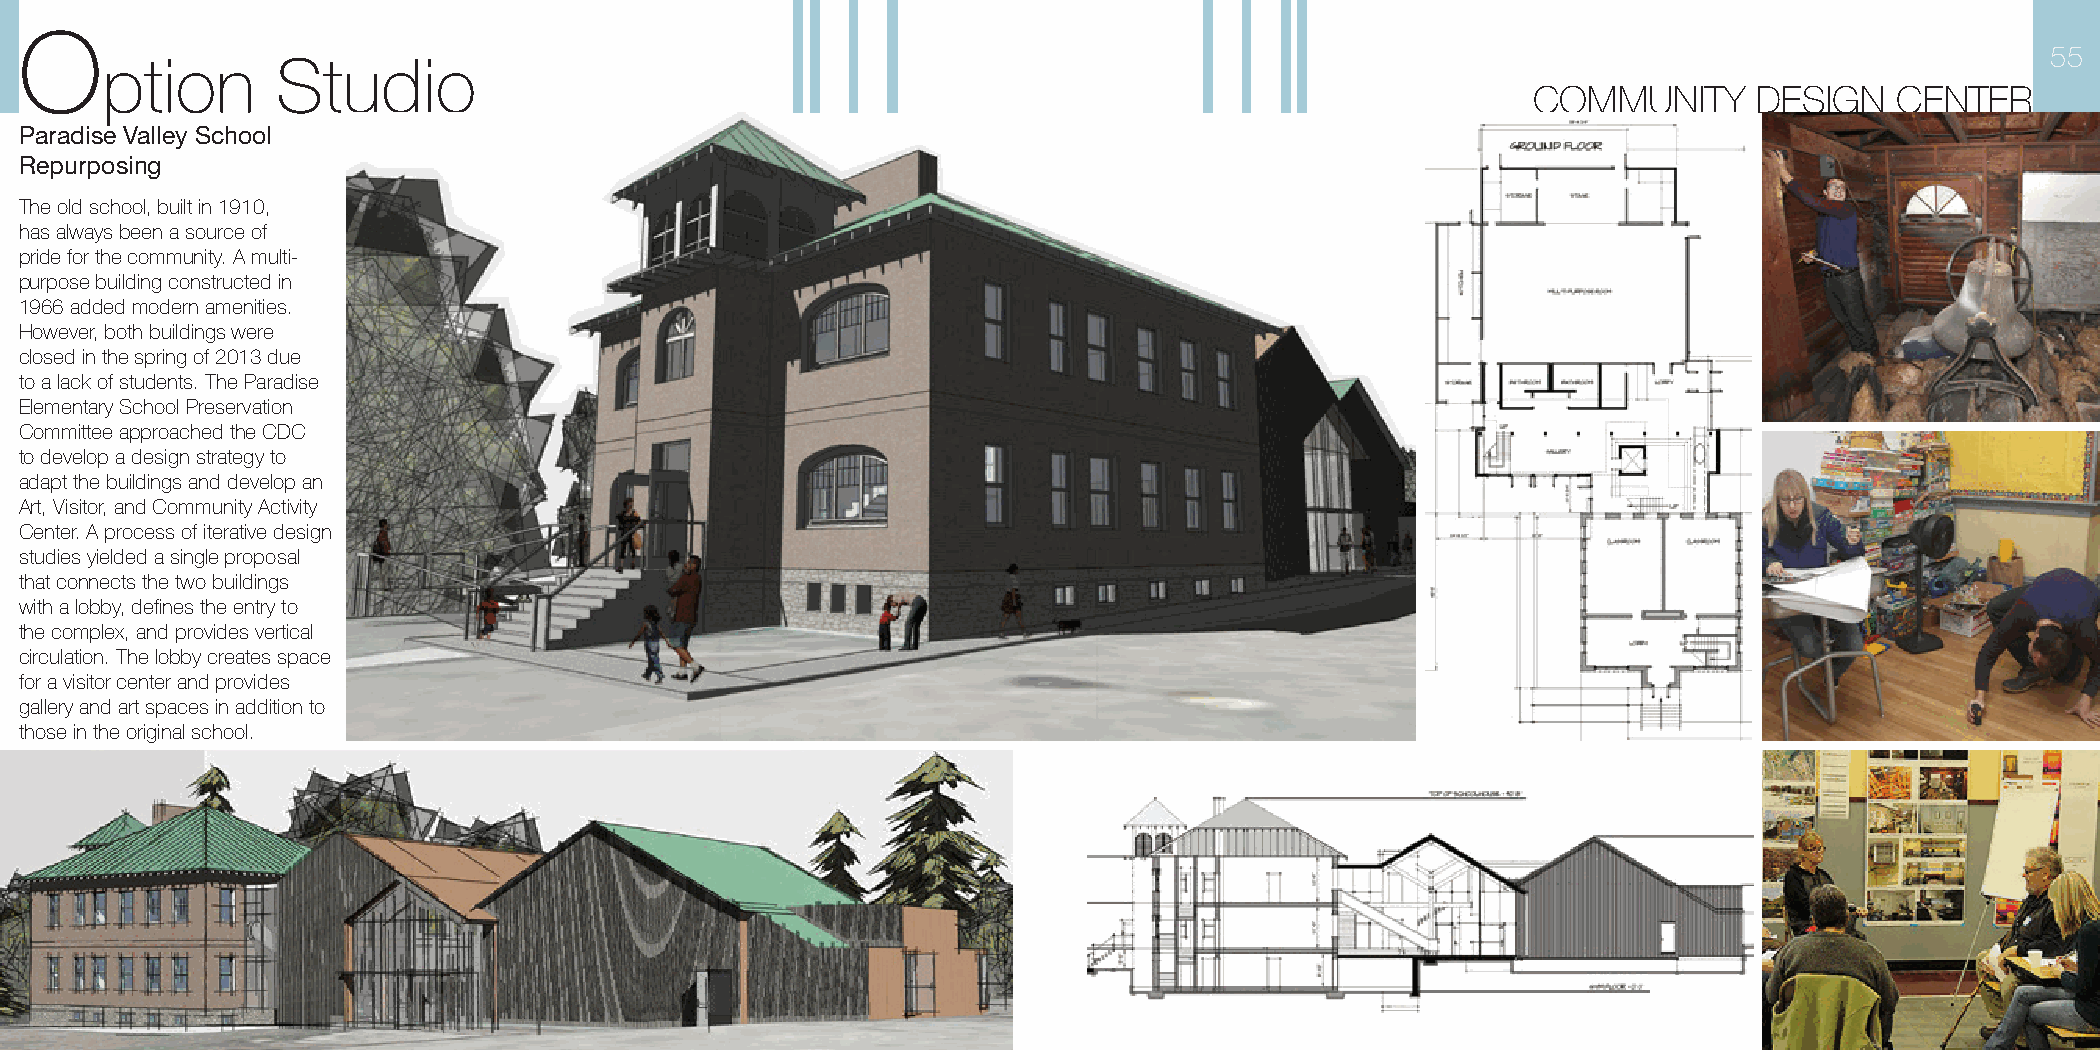
O
 55
 ption      Studio
 COMMUNITY     DESIGN    CENTER
 Paradise Valley School
 Repurposing
 The old school, built in 1910,
 has always been a source of
 pride for the community. A multi-
 purpose building constructed in
 1966 added modern amenities.
 However, both buildings were
 closed in the spring of 2013 due
 to a lack of students. The Paradise
 Elementary School Preservation
 Committee approached the CDC
 to develop a design strategy to
 adapt the buildings and develop an
 Art, Visitor, and Community Activity
 Center. A process of iterative design
 studies yielded a single proposal
 that connects the two buildings
 with a lobby, defines the entry to
 the complex, and provides vertical
 circulation. The lobby creates space
 for a visitor center and provides
 gallery and art spaces in addition to
 those in the original school.